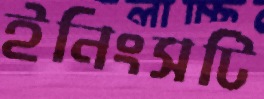
ইনিংসটি